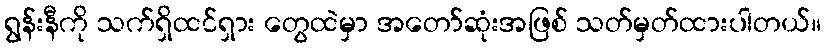
ရွန်းနီကို သက်ရှိထင်ရှား တွေထဲမှာ အတော်ဆုံးအဖြစ် သတ်မှတ်ထားပါတယ်။